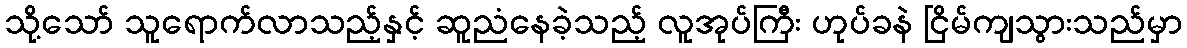
သို့သော် သူရောက်လာသည့်နှင့် ဆူညံနေခဲ့သည့် လူအုပ်ကြီး ဟုပ်ခနဲ ငြိမ်ကျသွားသည်မှာ